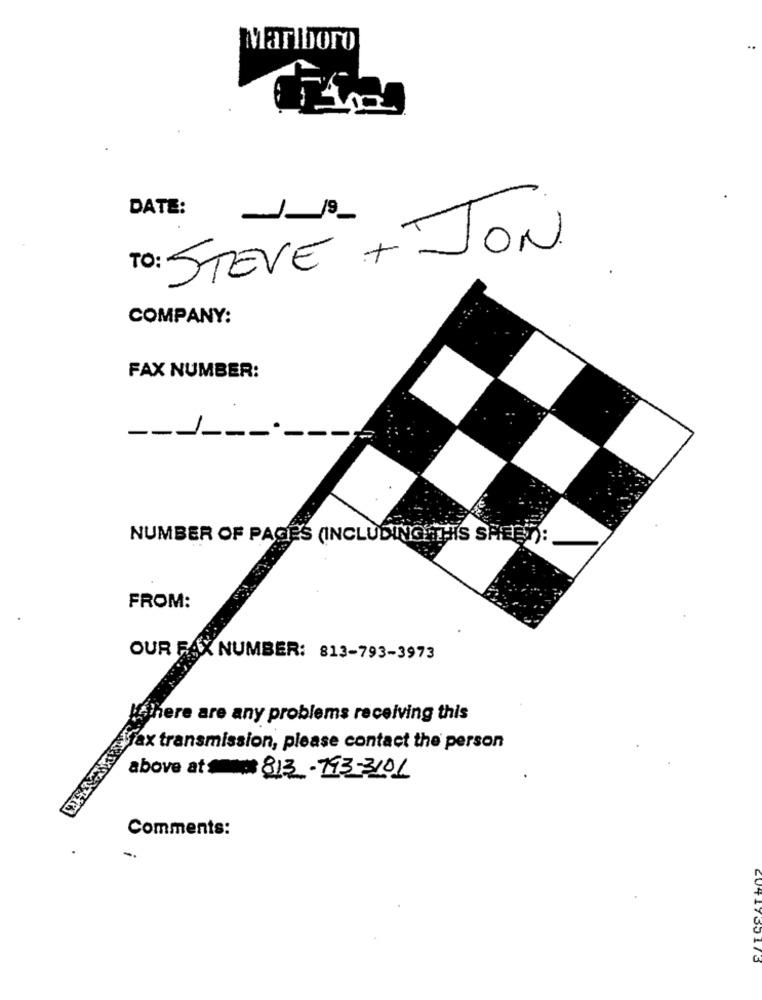
Marlboro
DATE:
To: STEVE + JON
COMPANY:
FAX NUMBER:
------
NUMBER OF PAGES (INCLUDINGHTHIS SHEET):
FROM:
OUR FAX NUMBER: 813-793-3973
Ifthere are any problems receiving this
Ayfax transmission, please contact the person
above at 813-193-3101
Comments: